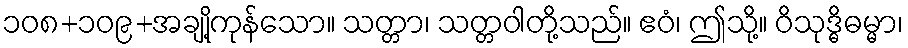
၁၀၈+၁၀၉+အချို့ကုန်သော။ သတ္တာ၊ သတ္တဝါတို့သည်။ ဧဝံ၊ ဤသို့။ ဝိသုဒ္ဓိဓမ္မာ၊